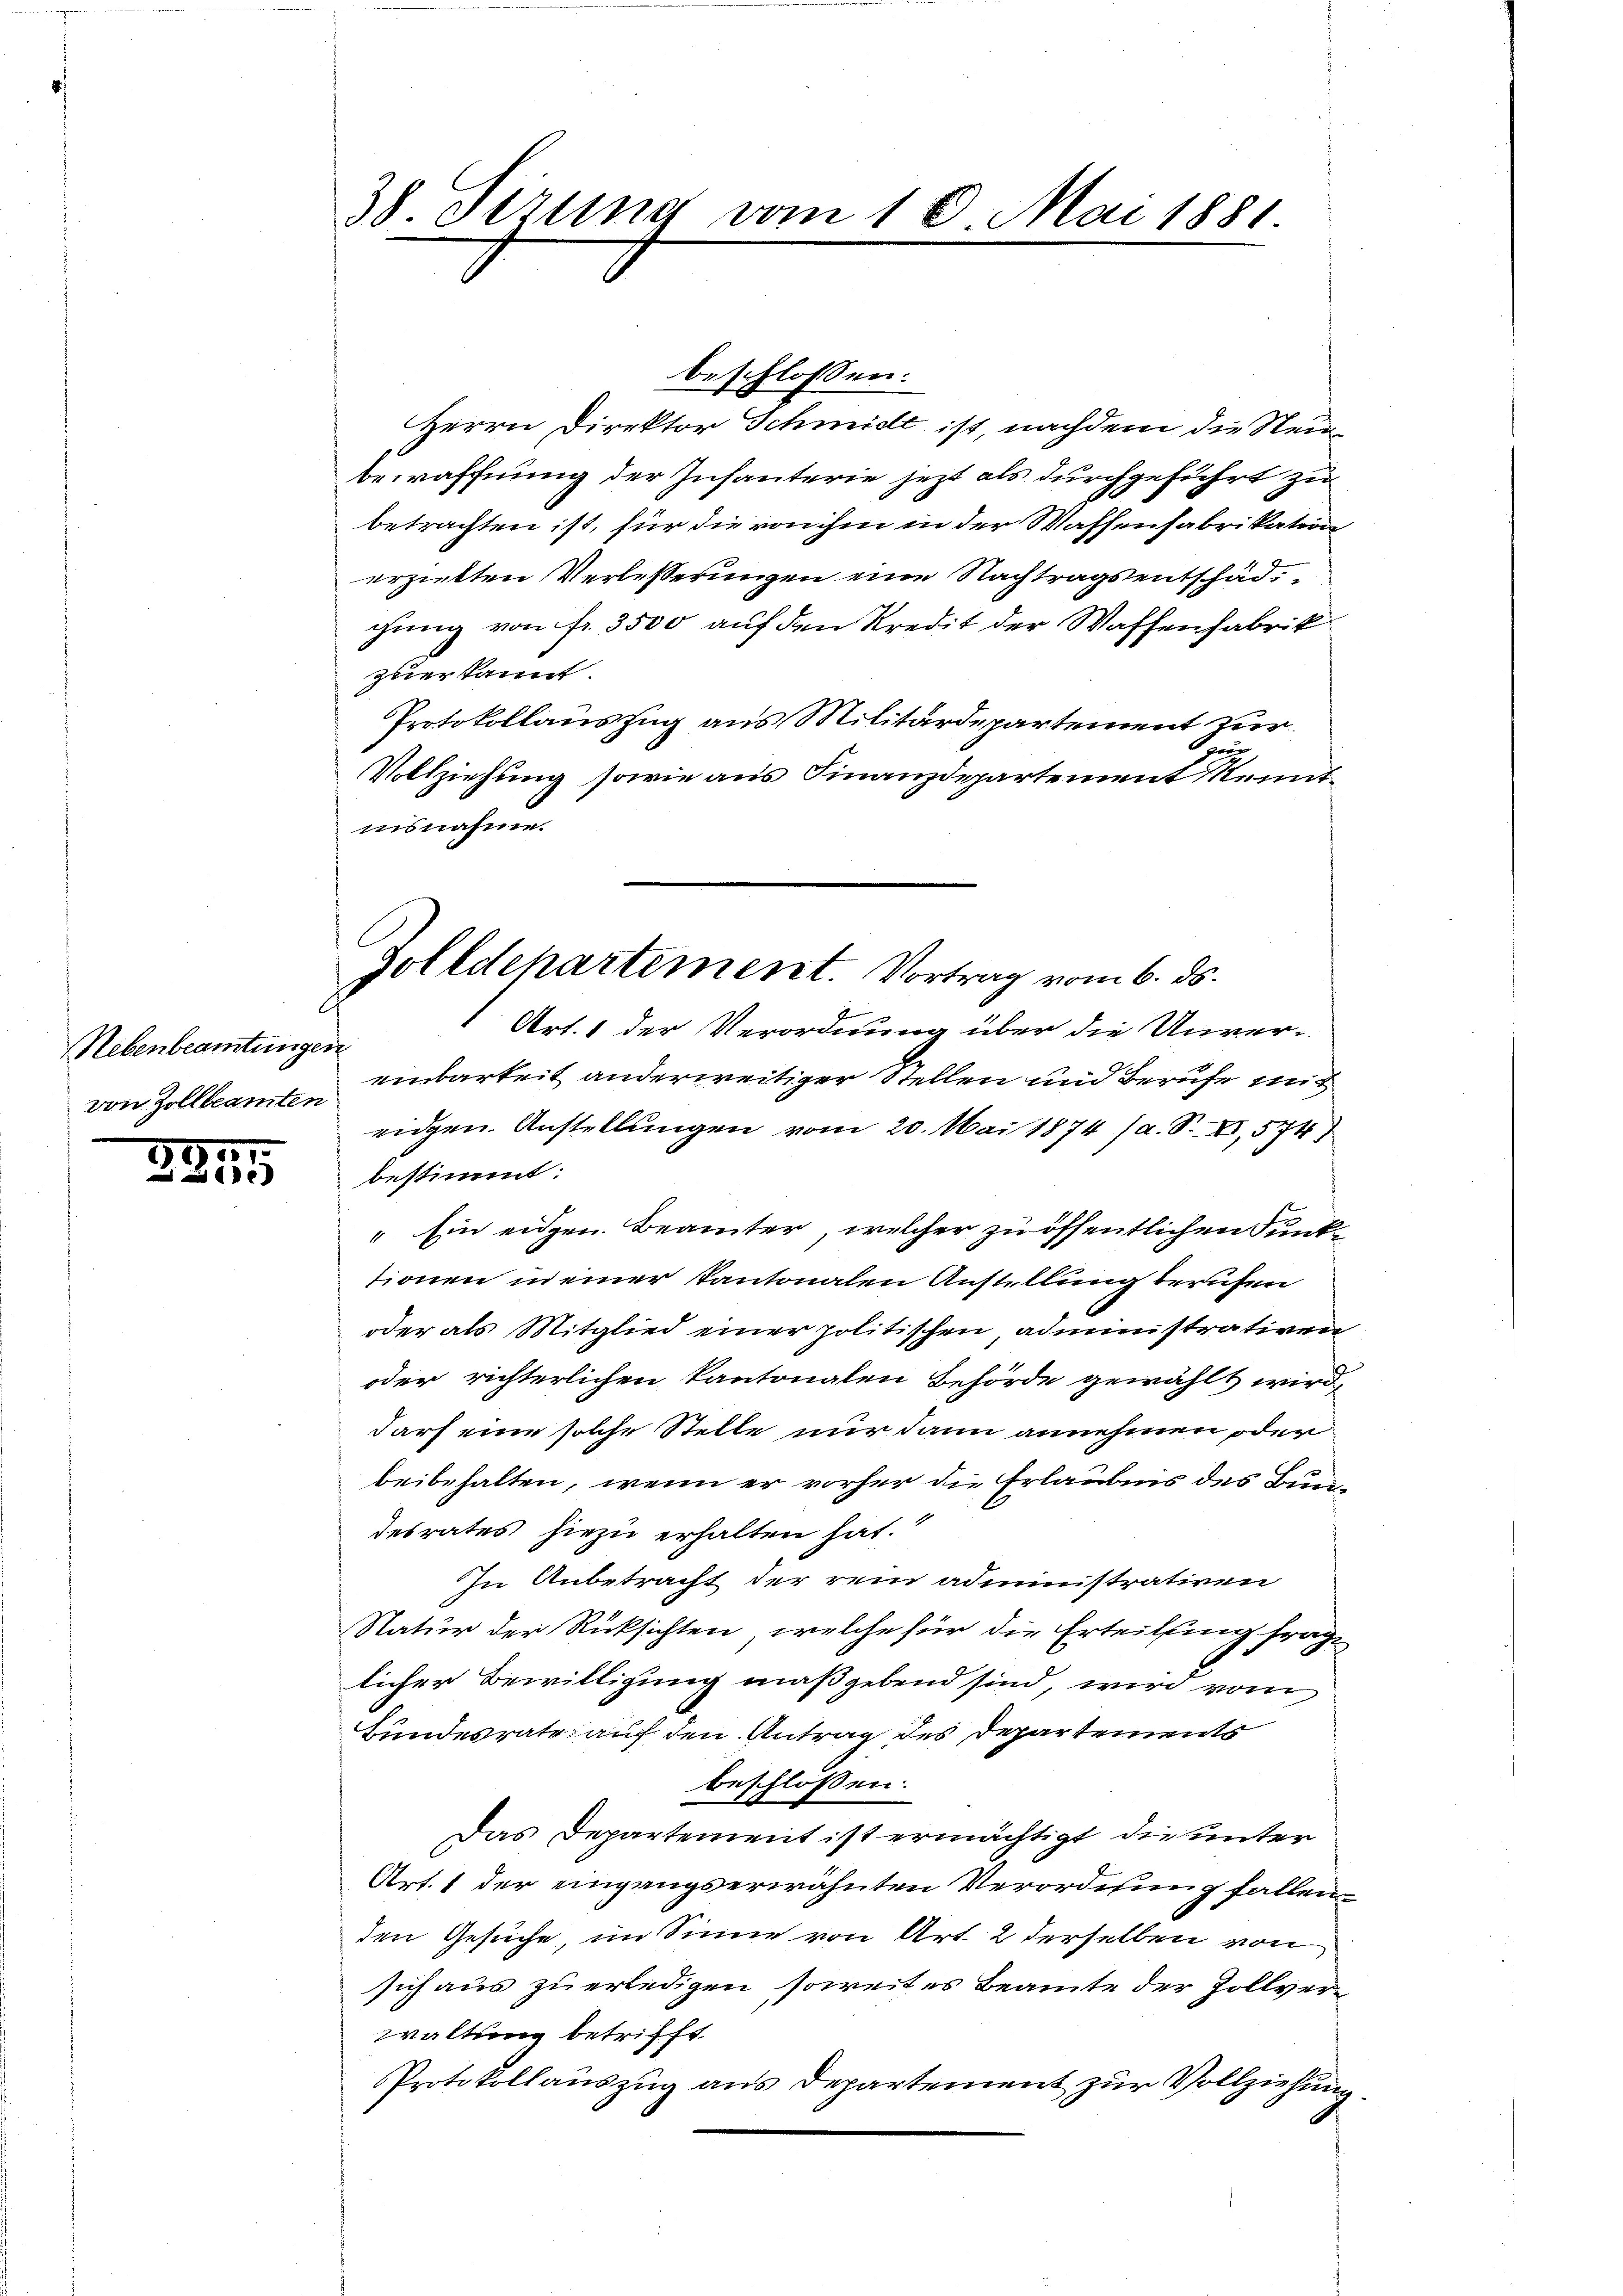
Rebenbeamtungen
von Zollbeamten

3951.
e

38. Sizung vom 16. Mai 1881.

Zolldepartement. Vortrag vom 6. ds.

beschlossen:
Herrn Direktor Schmidt ist, nachdem die Steubewaffnung der Infanterie jezt als durchgeführt zu
betrachten ist, für die von ihm in der Waffenfabrikation
erzielten Verbesserungen eine Nachtragsentschädgung von fr. 3500 auf den Kredit der Waffenfabrik
zuerkannt.
Protokollauszug aus Militärdepartement zur
Heer gegen
Vollziehung sowie aus Finanzdepartement Kenntinsnahme.
Art. 1 der Verordnung über die Unver-
einbarkeit anderweitiger Stellen und Berufe mit
ridgen. Anstellungen vom 20. Mai 1874 (a. S. XI, 574
bestimmt:
" Ein eidgen. Beamter, welcher zu öffentlichen Junke
tionen in einer Kantonalen Anstellung berufen
oder als Mitglied einer politischen, administrativen
oder richterlichen Kantonalen Behörde gewählt wird,
darf eine solche Stelle nur dann annehmen oder
beibehalten, wenn er vorher die Erlaubnis des Bundesrates hiezu erhalten hat.
In Anbetracht der rein administrativen
Natur der Rücksichten, welche für die Erteilung frage
licher Bewilligung maßgebend sind, wird vom
Bundesrate auf den Antrag des Departements
beschlossen:
Das Departement ist ermächtigt die unter
Art. 1 der eingangserwähnten Verordnung fallen
den Gesuche im Sinne von Art. 2 derselben von
sich aus zu erledigen soweites Beamte der Zollverwaltung betrifft.
Protokollauszug aus Departement zur Vollziehung